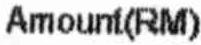
AMOUNT(RM)